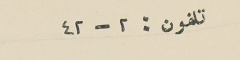
تلفون : ٢-٤٢